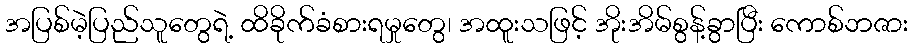
အပြစ်မဲ့ပြည်သူတွေရဲ့ ထိခိုက်ခံစားရမှုတွေ၊ အထူးသဖြင့် အိုးအိမ်စွန့်ခွာပြီး ကောစ်ဘဇား